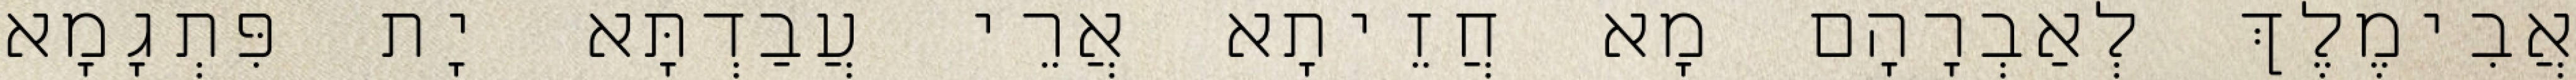
אֲבִימֶלֶךְ לְאַבְרָהָם מָא חֲזֵיתָא אֲרֵי עֲבַדְתָּא יָת פִּתְגָמָא